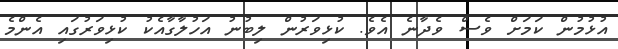
އުޅުމުން ކަމަށް ވެސް ވެދާނެ އެވެ. ކުޅިވަރުން ލިބުނު އަހުލާގާއެކު ކުޅިވަރުގައި އެންމެ